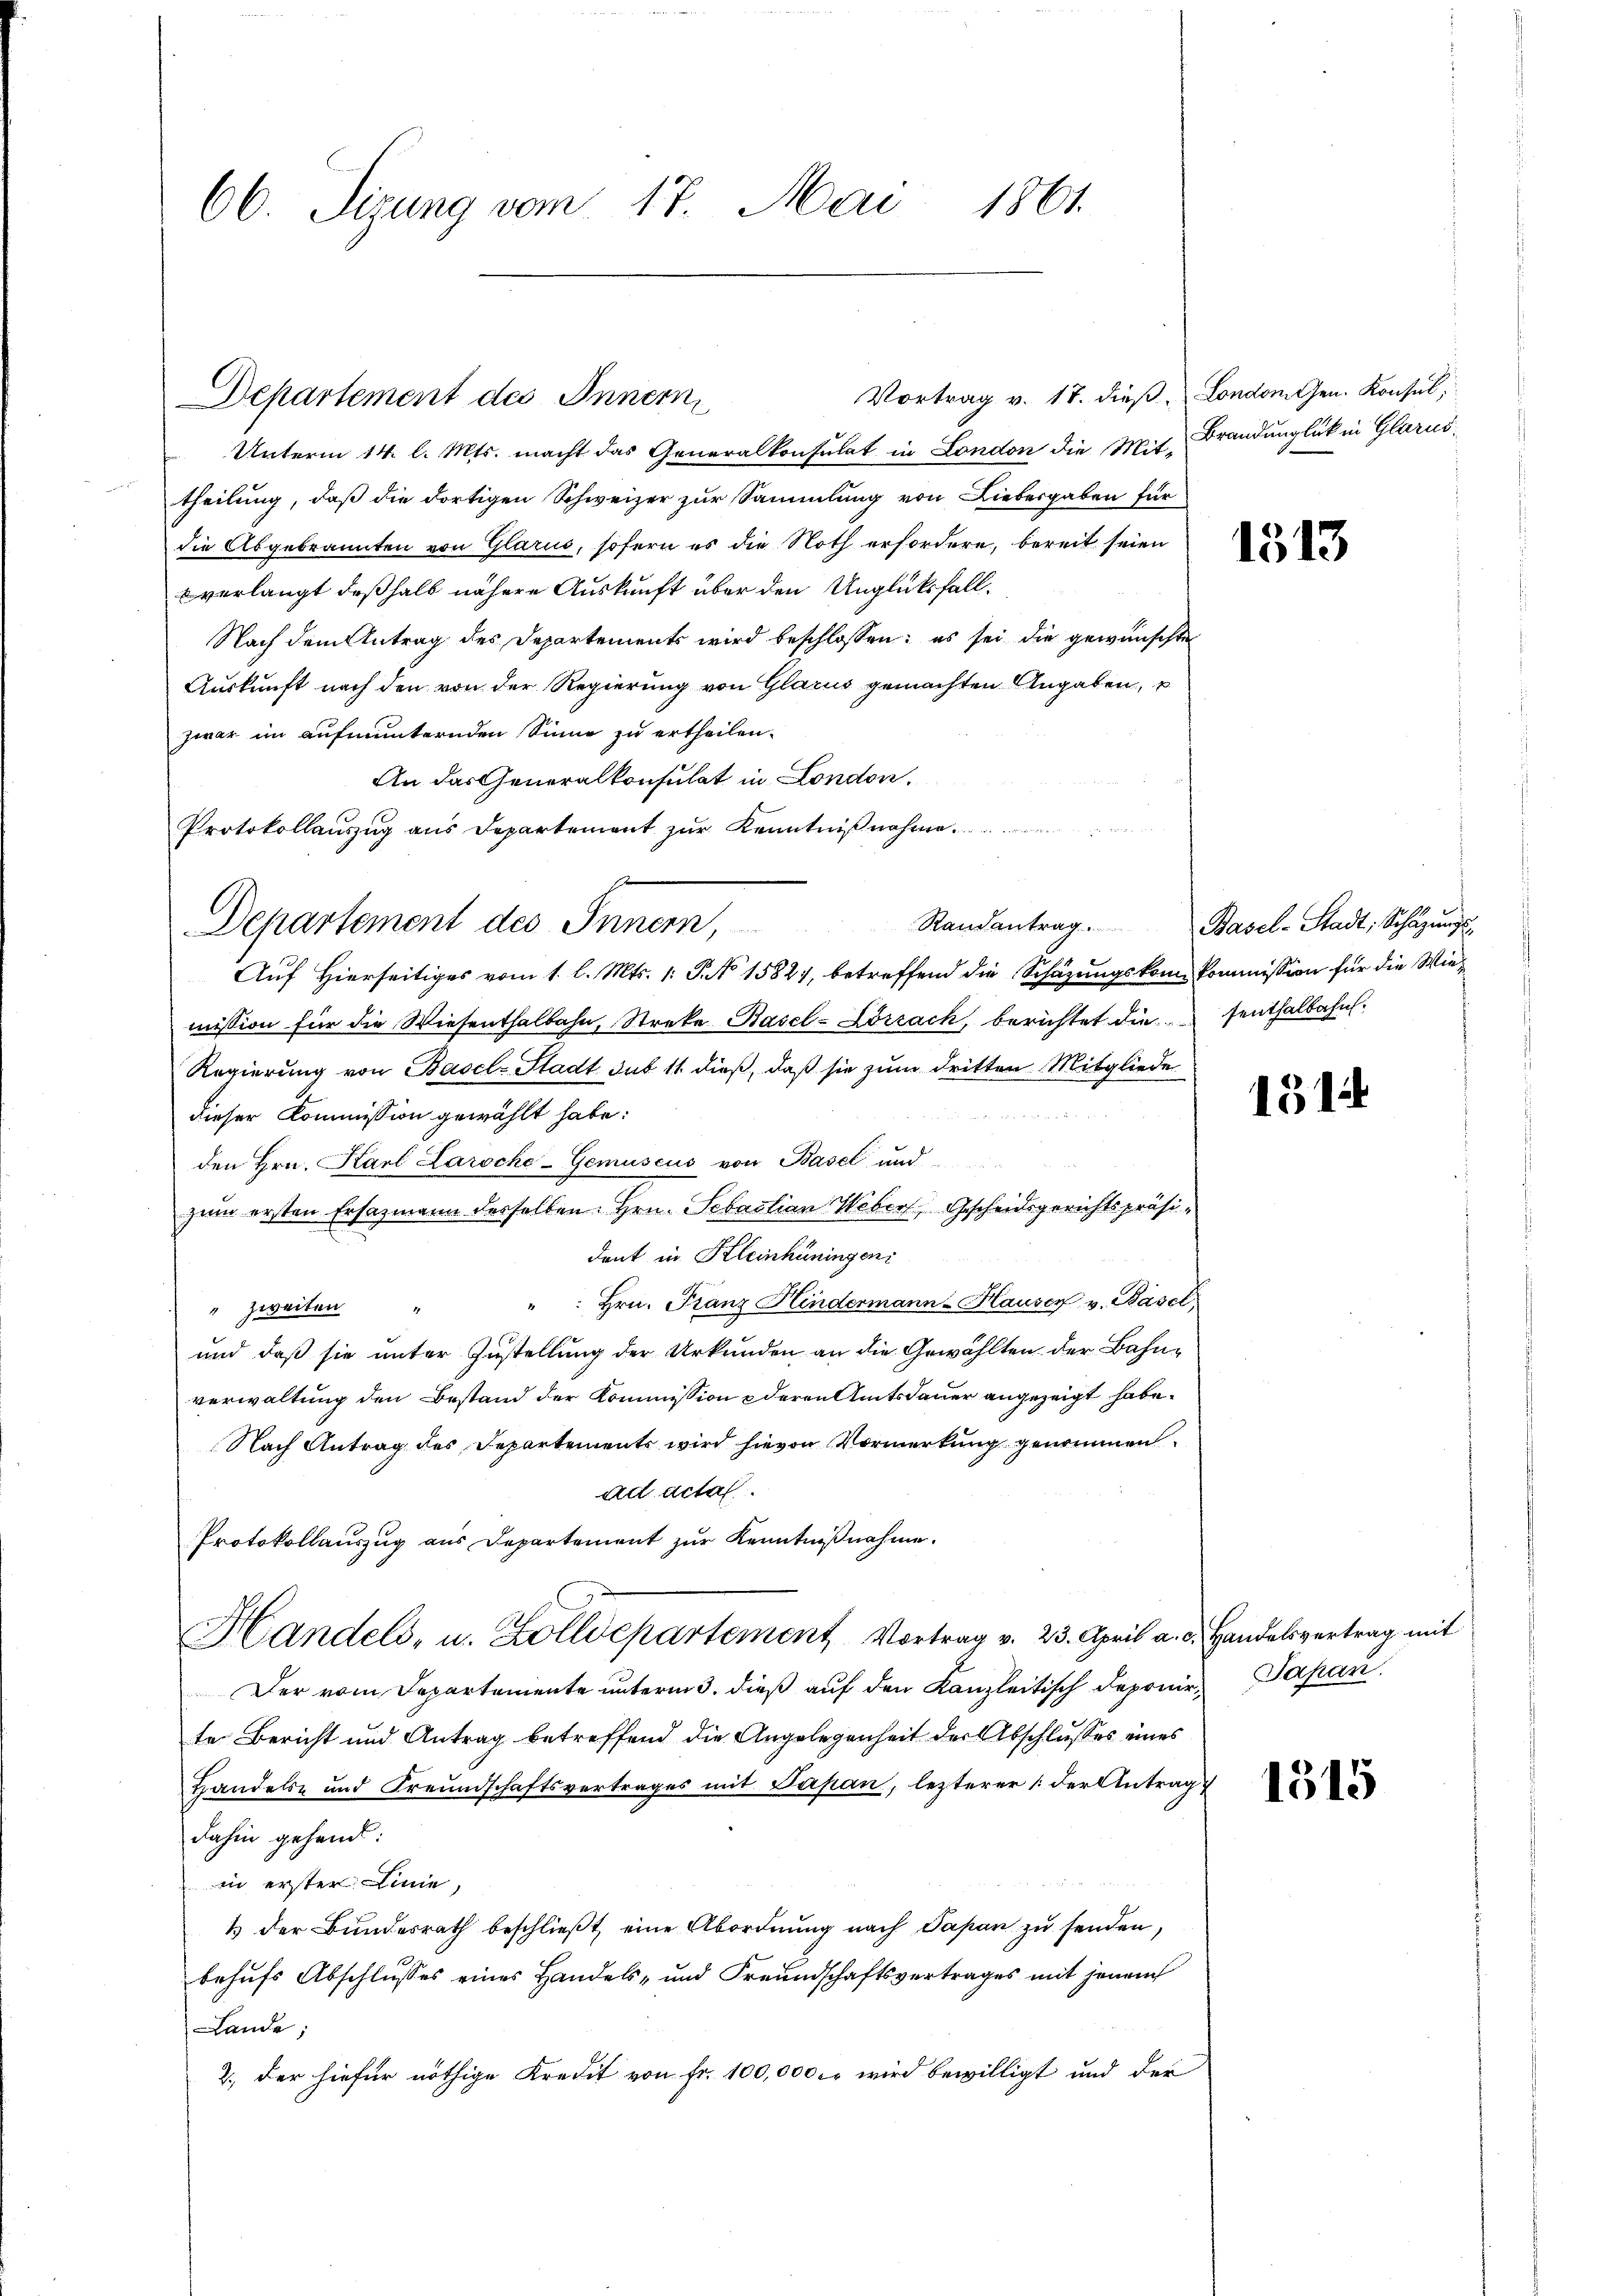
66. Sizung vom 17. Mai 1861.

Departement des Innern

Vortrag v. 17. dieß London Gen. Konsul,
Unterm 14. l. Mts. macht das Generalkonsulat in London die Mit Brandunglück in Glarus,
theilung, daß die dortigen Schweizer zur Sammlung von Liebergaben für
die Abgebrannten von Glarus, sofern es die Noth erfordere, bereit seien
verlangt deßhalb nähere Auskunft über den Unglücksfall¬
Nach dem Antrag des Departements wird beschlossen: es sei die gewünschte
Auskunft nach den von der Regierung von Glarus gemachten Angaben,
zwar im aufmunternden Sinne zu ertheilen.
An das Generalkonsulat in London,
Protokollauszug aus Departement zŭr Kenntniβnahme.  .. ..

Departement des Innern,

Auf Hierseitiges vom 1. l. Mts. 1: P. No 1582, betreffend die Schazungskom kommission für die Wiemission für die Wiesenthalbahn, Streke Basel-Lörrach, berichtet diesenthalbahn.
Regierung von Basel-Stadt, sub 11 dieß, daß sie zum dritten Mitgliede
dieser Kommission gewählt habe:
den Hrn. Karl Laroche-Gemuscus von Basel und
zum ersten Ersazmann desselben. Hrn. Sebastian Weber, Gescheidsgerichtspräsidont in Kleinhüningen
 Hrn. Franz Hindermann-Hauser v. Basel
" zweiten "
und daß sie unter Zustellung der Urkunden an die Gewählten der Bahnverwaltung den Bestand der Kommission deren Amtsdauer angezeigt habe.
Nach Antrag des Departements wird hievon Vormerkung genommen.
ad acta.
Protokollauszug aus Departement zur Kenntnißnahme.
Handels, u. Zolldepartement, Vortrag v. 23. April a. d. Handelsvertrag mit
Der vom Departemente unterm 3. dieß auf den Kanzleitisch deponir Papani
te Bericht und Antrag betreffend die Angelegenheit der Abschlusses eines
Handels- und Freundschaftsvertrages mit Papan, lezterer /: der Antrag
dahin gehend:
in erster Linie,
1 der Bundesrath beschließt, eine Abordnung nach Papan zu senden,
1
behufs Abschlusses eines Handels- und Freundschaftsvertrages mit jenen
Lande;
2., der hiefür nöthige Kredit von Fr. 100,000 fr wird bewilligt und der

1513

Randantrag. Basel-Stadt, Schäzŭngs-

1512

1315